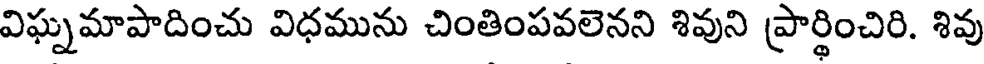
విఘ్నమాపాదించు విధమును చింతింపవలెనని శివుని ప్రార్థించిరి. శివు